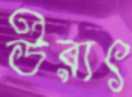
উরাৎ